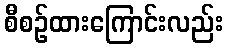
စီစဉ်ထားကြောင်းလည်း